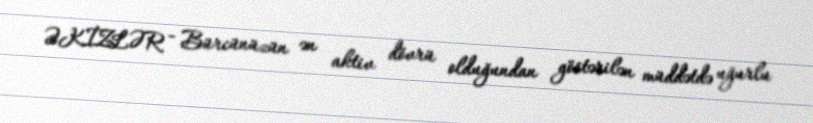
ƏKİZLƏR - Bürcünüzün ən aktiv dövrü olduğundan göstərilən müddətdə uğurlu